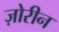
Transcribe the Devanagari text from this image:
ज़ोरीन